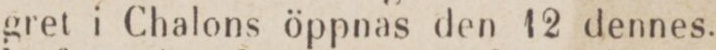
gret i Chalons öppnas den 12 dennes.